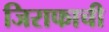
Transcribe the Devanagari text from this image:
जिराफाची